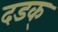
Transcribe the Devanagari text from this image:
दडक्